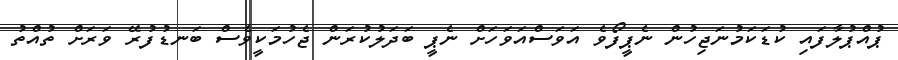
ޕުއްޕުލާފައި ކުޑަކަމުނަޖިހުން ނެޕީފޯވެ އަވަސްއަވަހަށް ނެޕީ ބަދަލުކުރަން ޖެހުމަކީވެސް ބަނޑުފުރޭ ވަރަށް ތުއްތު